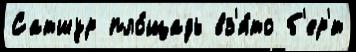
Сатшур пло́щадь вз'я́то б'ер'́т